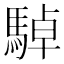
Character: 䮓